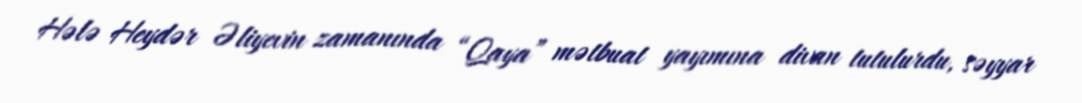
Hələ Heydər Əliyevin zamanında “Qaya” mətbuat yayımına divan tutulurdu, səyyar